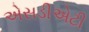
એસડીએટી